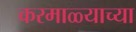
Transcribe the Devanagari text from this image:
करमाळ्याच्या